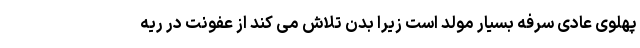
پهلوی عادی سرفه بسیار مولد است زیرا بدن تلاش می کند از عفونت در ریه